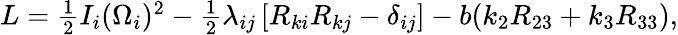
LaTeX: \begin{array}{r}{L=\frac 12I_{i}(\Omega_{i})^{2}-\frac 12\lambda_{ij}\left[R_{ki}R_{kj}-\delta_{ij}\right]-b(k_{2}R_{23}+k_{3}R_{33}),}\end{array}